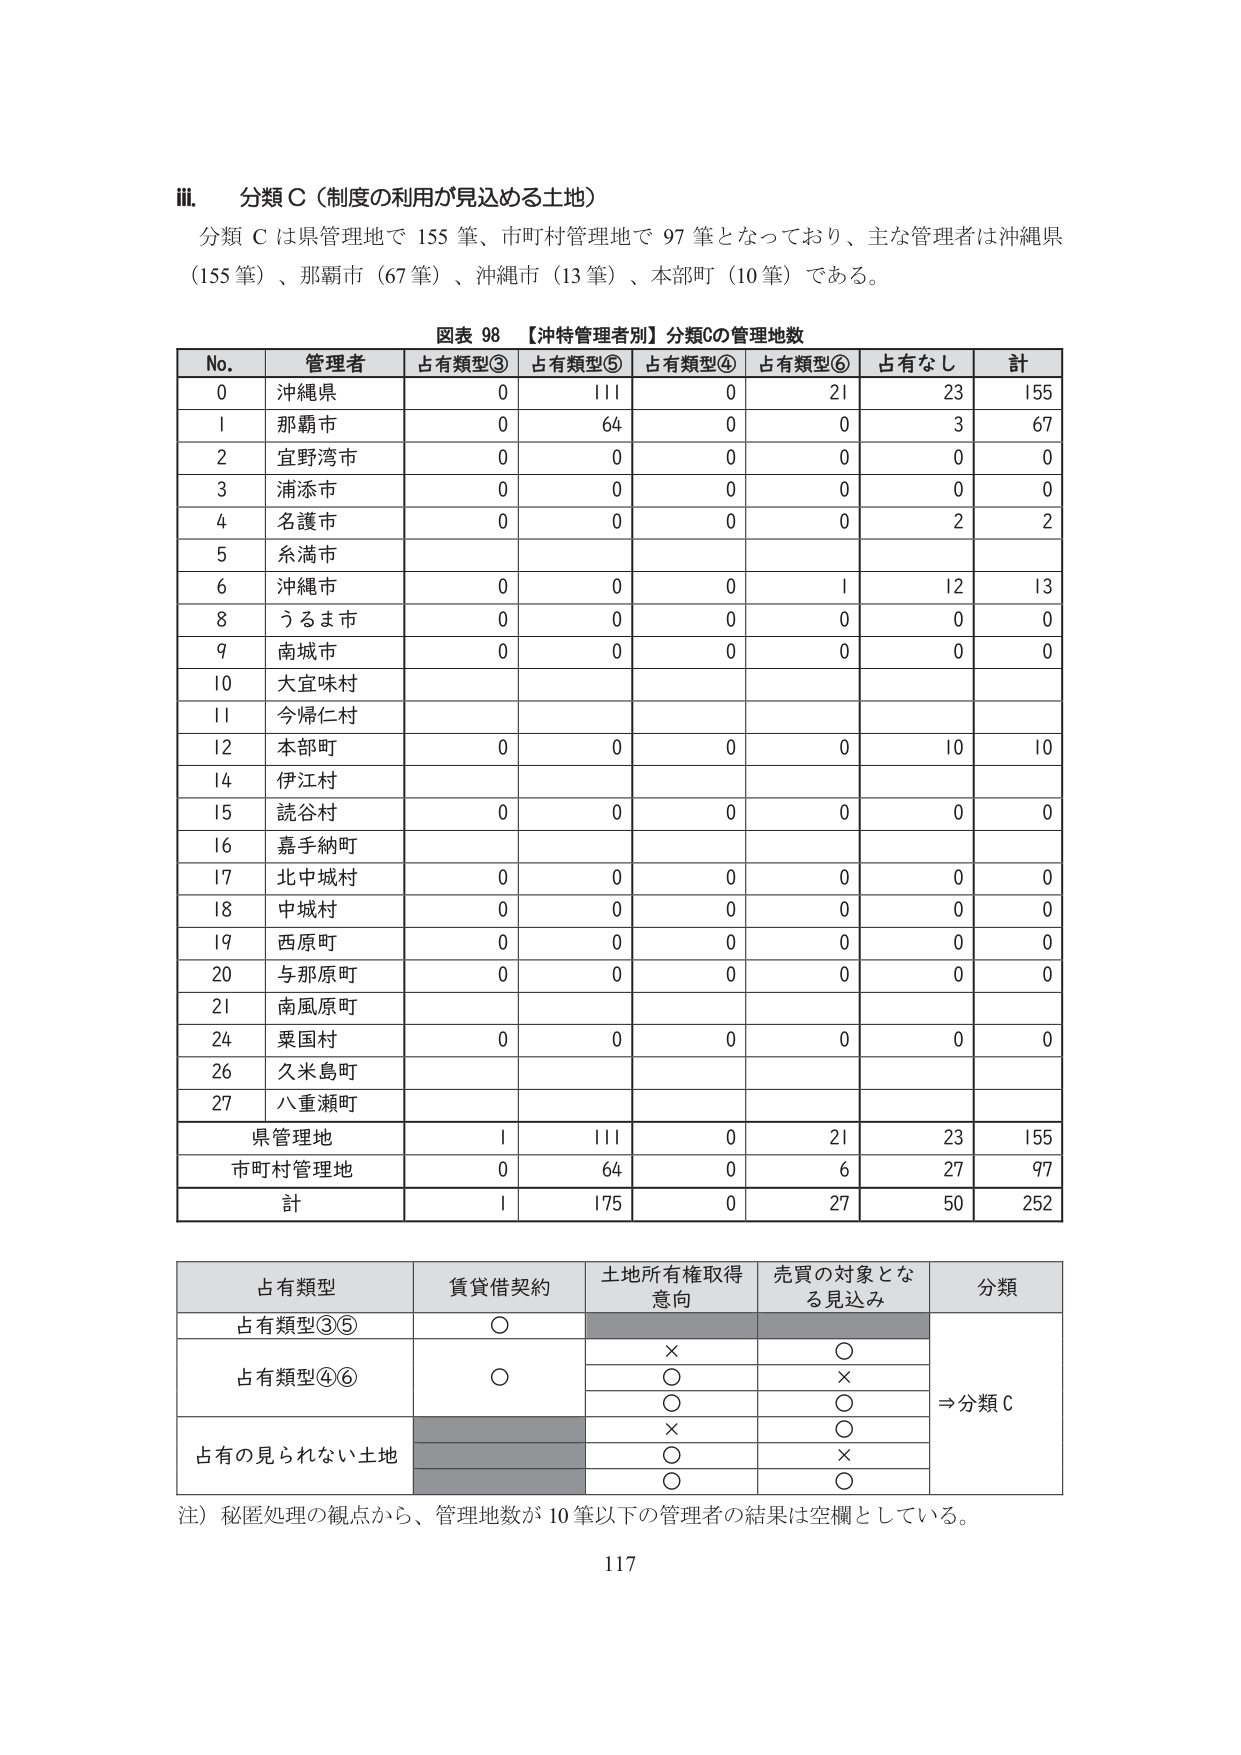
Ⅲ．分類Ｃ（制度の利用が見込める土地）
分類Ｃは県管理地で155筆、市町村管理地で97筆となっており、主な管理者は沖縄県（155筆）、那覇市（67筆）、沖縄市（13筆）、本部町（10筆）である。

図表 98 【沖特管理者別】分類Cの管理地数
No. 管理者 占有類型③ 占有類型⑤ 占有類型④ 占有類型⑥ 占有なし 計
0 沖縄県 0 111 0 21 23 155
1 那覇市 0 64 0 0 3 67
2 宜野湾市 0 0 0 0 0 0
3 浦添市 0 0 0 0 0 0
4 名護市 0 0 0 0 2 2
5 糸満市
6 沖縄市 0 0 0 1 12 13
8 うるま市 0 0 0 0 0 0
9 南城市 0 0 0 0 0 0
10 大宜味村
11 今帰仁村
12 本部町 0 0 0 0 10 10
14 伊江村
15 読谷村 0 0 0 0 0 0
16 嘉手納町
17 北中城村 0 0 0 0 0 0
18 中城村 0 0 0 0 0 0
19 西原町 0 0 0 0 0 0
20 与那原町 0 0 0 0 0 0
21 南風原町
24 粟国村 0 0 0 0 0 0
26 久米島町
27 八重瀬町
県管理地 1 111 0 21 23 155
市町村管理地 0 64 0 6 27 97
計 1 175 0 27 50 252

占有類型 賃貸借契約 土地所有権取得意向 売買の対象となる見込み 分類
占有類型③⑤ ○ × ○ ⇒分類Ｃ
占有類型④⑥ ○ ○ ×
　　　　　　　　　　　　○ ○
　　　　　　　　　　　　× ○
占有の見られない土地 × ○
　　　　　　　　　　　　○ ×
　　　　　　　　　　　　○ ○

注）秘匿処理の観点から、管理地数が10筆以下の管理者の結果は空欄としている。
117